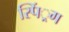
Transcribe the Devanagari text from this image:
स्पिं्रग